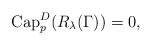
LaTeX: \begin{align*}\operatorname{Cap}_p^{D}(R_{\lambda}(\Gamma))=0,\end{align*}